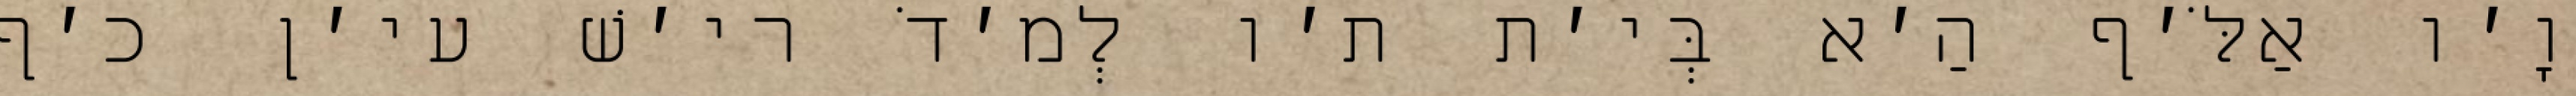
וָ׳ו אַלֹּ׳ף הַ׳א בְּי׳ת ת׳ו לְמ׳דֹ רי׳שׁ עי׳ן כ׳ף